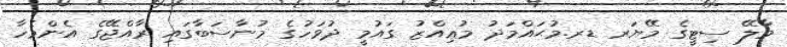
މާލޭ ސިޓީގެ މޭޔަރ ޑރ.މުޙައްމަދު މުޢިއްޒު ގައުމީ ދުވަހުގެ މުނާސަބާގައި ރާއްޖޭގެ އެންމެހާ